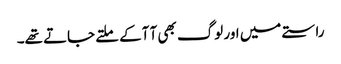
راستے میں اور لوگ بھی آ آکے ملتے جاتے تھے۔